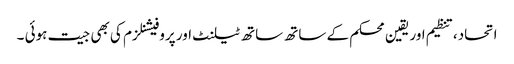
اتحاد،تنظیم اور یقین محکم کے ساتھ ساتھ ٹیلنٹ اور پروفیشنلزم کی بھی جیت ہوئی ۔